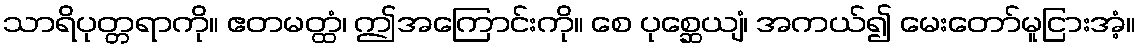
သာရိပုတ္တရာကို။ ဧတမတ္ထံ၊ ဤအကြောင်းကို။ စေ ပုစ္ဆေယျံ၊ အကယ်၍ မေးတော်မူငြားအံ့။